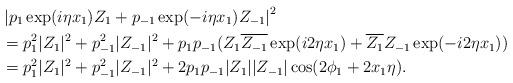
LaTeX: \begin{align*} &\left|p_1 \exp(i \eta x_1) Z_1 + p_{-1} \exp(-i \eta x_1 ) Z_{-1}\right|^2 \\ & = p_1^2 |Z_1|^2 + p_{-1}^2 |Z_{-1}|^2 + p_1 p_{-1} (Z_1 \overline{Z_{-1}} \exp(i2\eta x_1)+ \overline{Z_1} Z_{-1} \exp(-i2\eta x_1)) \\&= p_1^2 |Z_1|^2 + p_{-1}^2 |Z_{-1}|^2 + 2 p_1 p_{-1} |Z_1| |Z_{-1}| \cos(2 \phi_1 + 2 x_1 \eta) .\end{align*}